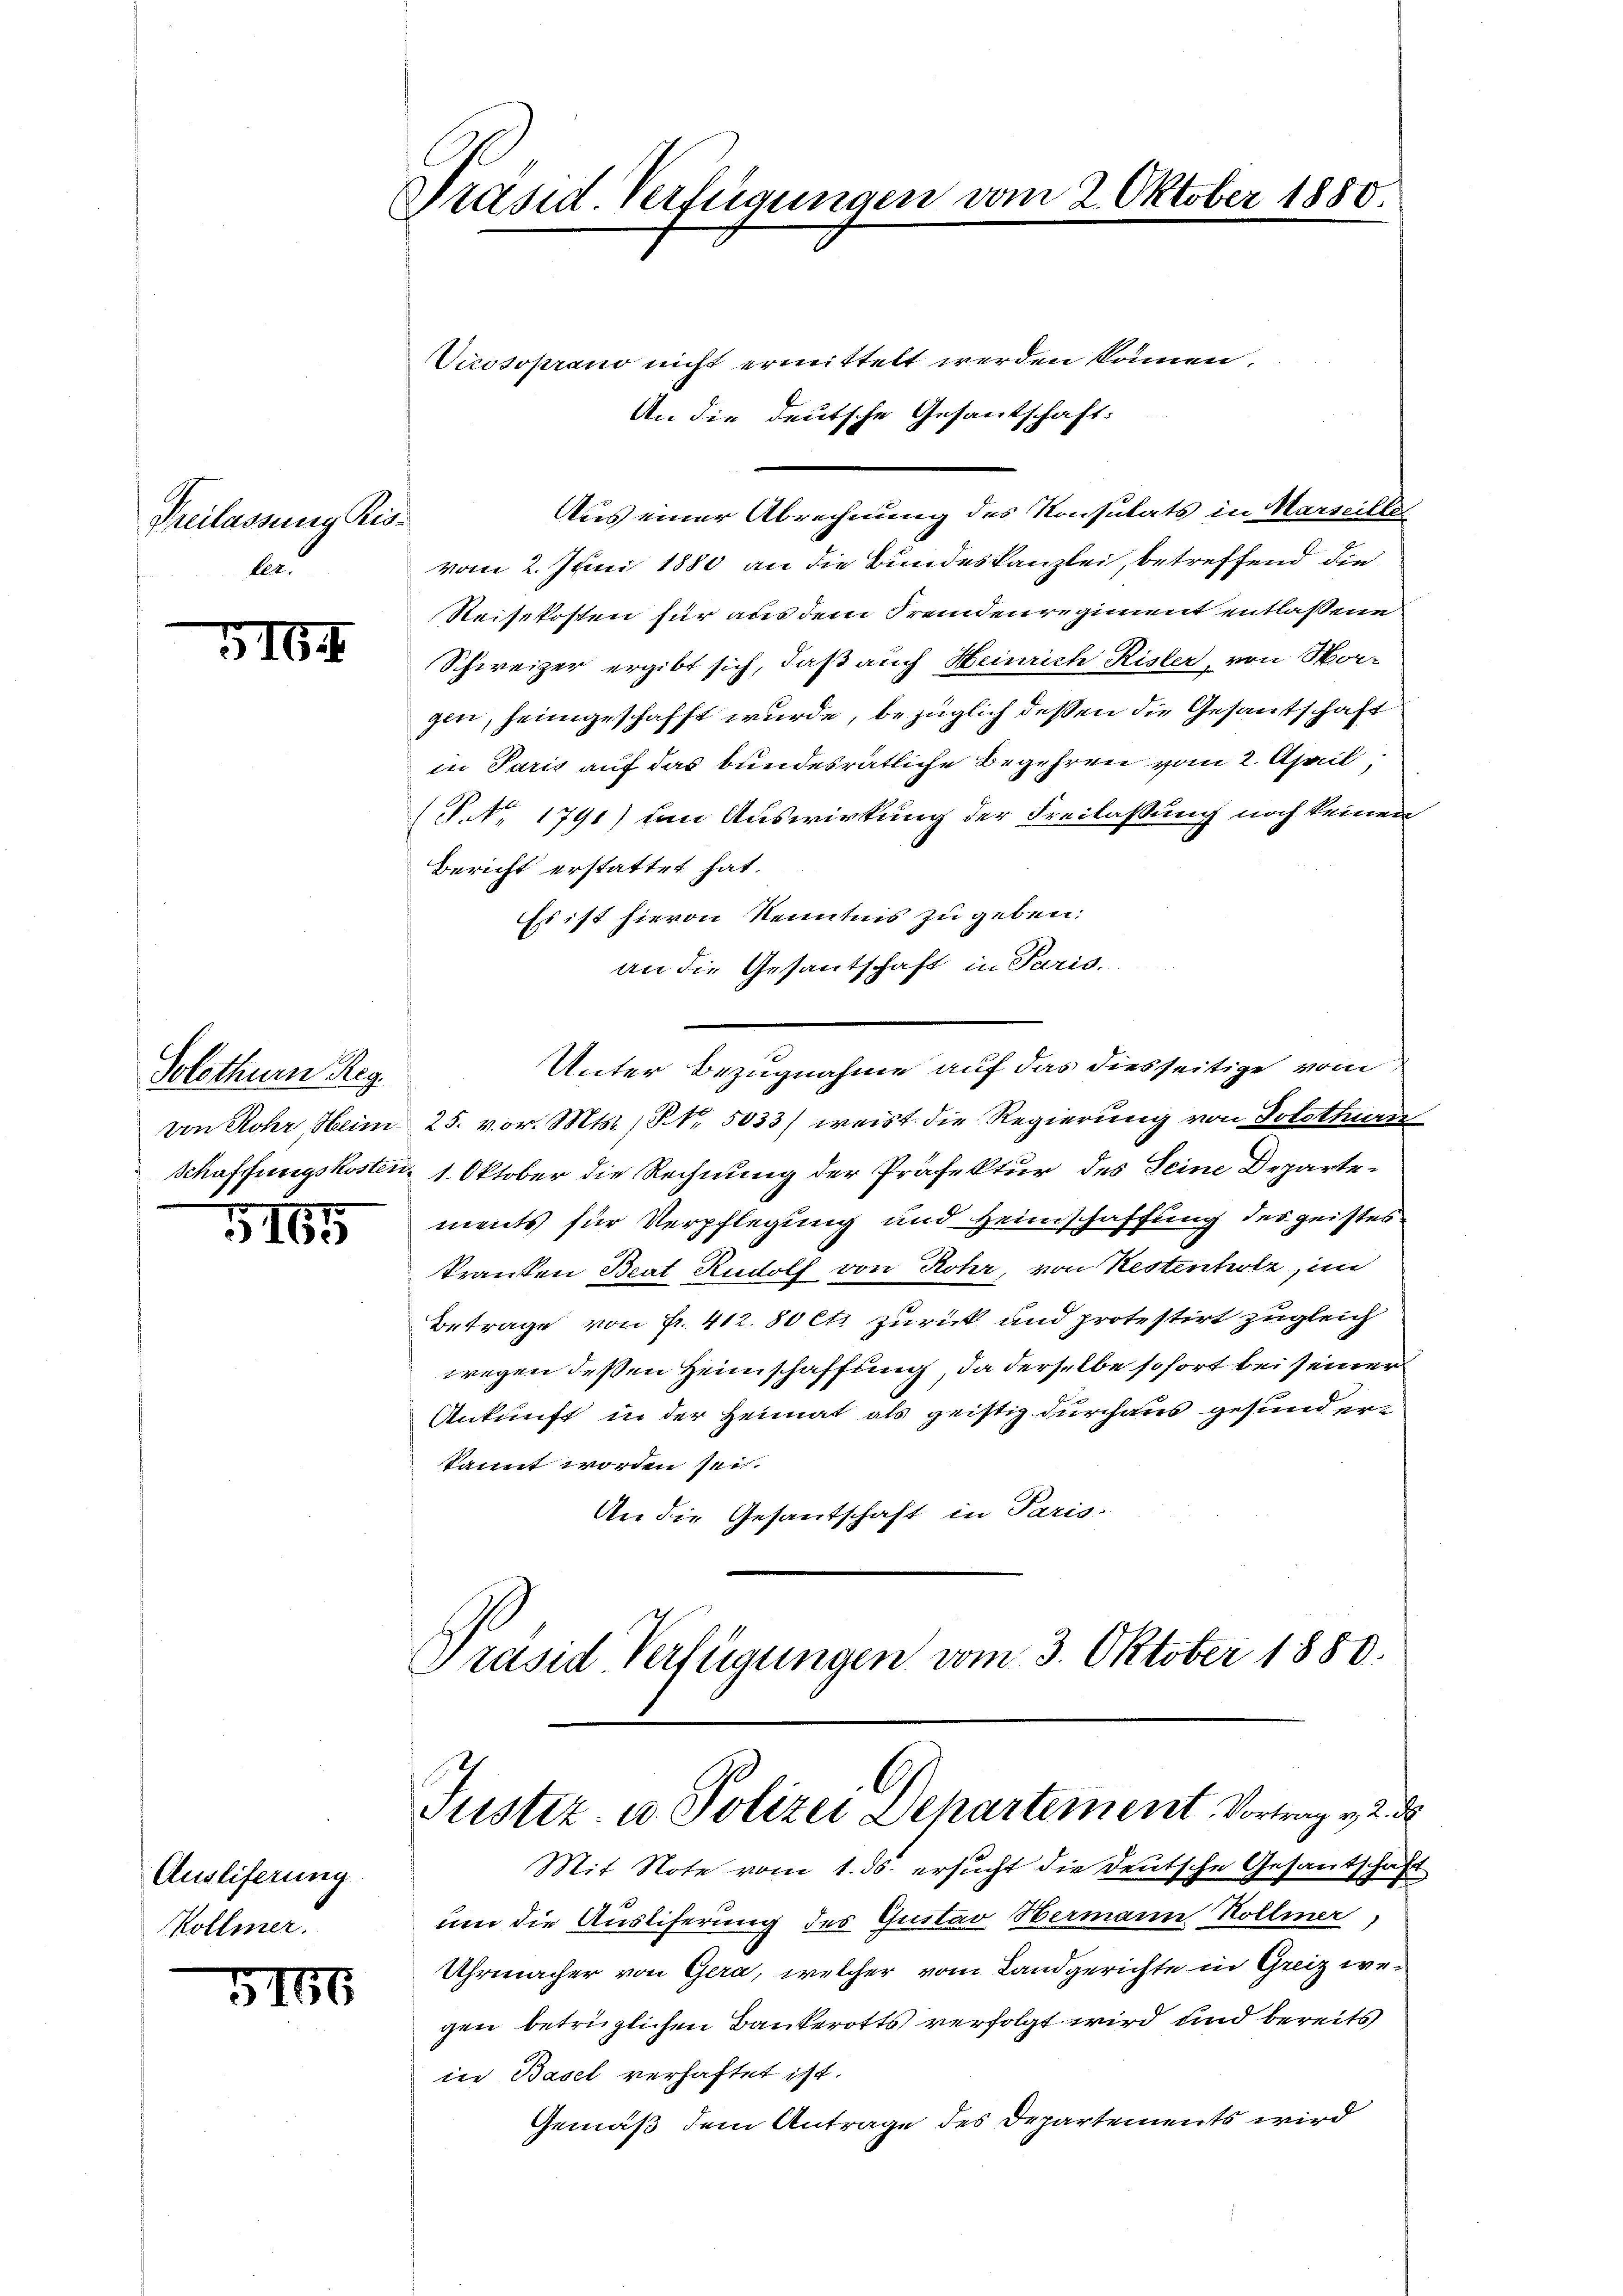
Freilassung Kisler.

5164

Solothurn Reg

5165

Ausliferung
ollmer.

316

Präsid. Verfügungen vom 2. Oktober 1880.

l
Justiz- u. Polizei Departement, Vortrag v. 2. d

Virosoprano nicht ermittelt werden können.
An die deutsche Gesantschaft:
Aus einer Abrechnung des Konsulats in Marseilli
vom 2. Juni 1880 an die Bundeskanzlei, betreffend die
Reisekosten für aus dem Fremdenregiment entlassene
Schweizer ergibt sich, daß auch Heinrich Kisler, von Morgin, heimgeschafft wurde, bezüglich dessen die Gesantschaft
in Paris auf das bundesrätliche Begehren vom 2. April,
P. Nr. 1791) den Auswirkung der Freilassung noch keinen
Bericht erstattet hat.
Es ist hievon Kenntnis zu geben.
an die Gesantschaft in Paris.
Unter Bezugnahme auf das diesseitige vom
von Rohr, Heim 25. vor. Mts., Nr. 5033) weist die Regierung von Solothurn
Schaffungskosten, 1. Oktober die Rechnung der Präfektur des Seine Departements für Verpflegung und Heimschaffung des geisteskranken Beat Rudolf von Rohr, von Kestenholz, im
Betrage von Fr. 412. 80 Cts zurück und protestirt zugleich
wegen deßen Heimschaffung, da derselbe sofort bei seiner
Ankunft in der Heimat als geistig durchaus gesund erkannt worden sei.
An die Gesantschaft in Paris-
Präsid Verfügungen vom 3. Oktober 1880.

Mit Note vom 1. ds. ersucht die Deutsche Gesantschaft
um die Ausliferung des Gustav Hermann Rollen d
Uhrmacher von Gera, welcher vom Landgerichte in Greiz wegen betrüglichen Bankerotts verfolgt wird und bereits
in Basel verhaftet ist.
Gemäß dem Antrage des Departements wird